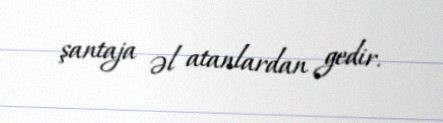
şantaja əl atanlardan gedir.